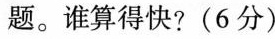
题。谁算得快?(6分)